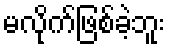
မလိုက်ဖြစ်ခဲ့ဘူး